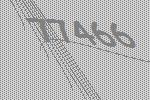
77466